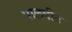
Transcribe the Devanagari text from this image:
पालवीत